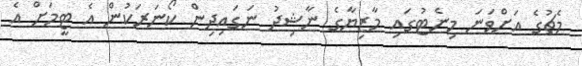
މެޗުގެ އަށްވަނަ މިނެޓުގައި މާޒިޔާގެ ނާޝިދު ނަގައިދިން ކޯނަރަކުން އެ ޓީމަށް އެ